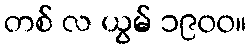
တစ် လ ယွမ် ၁၉၀၀။